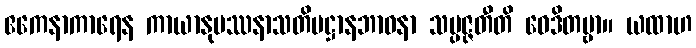
ဧကေနာကာရေန ကာယာနုပဿနာသတိပဋ္ဌာနဘာဝနာ သမ္ပဇ္ဇတီတိ ဝေဒိတဗ္ဗာ။ ယထာဟ